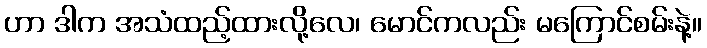
ဟာ ဒါက အသံထည့်ထားလို့လေ၊ မောင်ကလည်း မကြောင်စမ်းနဲ့။